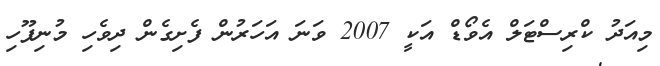
މިއަދު ކްރިސްޓަލް އެވޯޑް އަކީ 2007 ވަނަ އަހަރުން ފެށިގެން ދިވެހި މުނިފޫހި